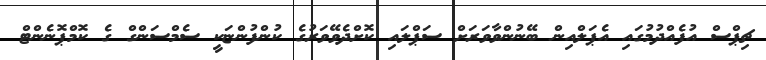
ޗިޕްސް އުފެއްދުމުގައި އެޕަލްއިން ބޭނުންވާވަރަށް ސަޕްލައި ކޮށްދެވޭވަރުގެ ކުންފުންޏަކީ ސެމްސަންގް ގެ ކޮމްޕޮނެންޓް